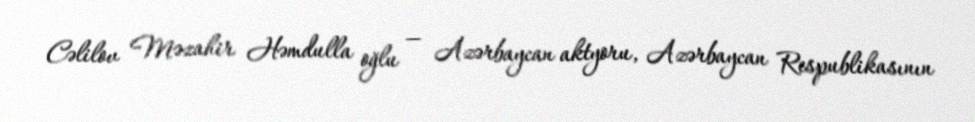
Cəlilov Məzahir Həmdulla oğlu — Azərbaycan aktyoru, Azərbaycan Respublikasının